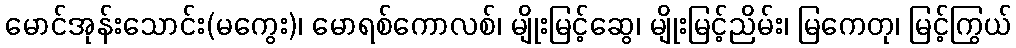
မောင်အုန်းသောင်း(မကွေး)၊ မောရစ်ကောလစ်၊ မျိုးမြင့်ဆွေ၊ မျိုးမြင့်ညိမ်း၊ မြကေတု၊ မြင့်ကြွယ်